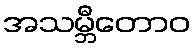
အသမ္ဘီတောဝ